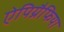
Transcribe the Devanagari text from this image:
ऐपिग्रैफिया